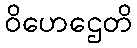
ဝိဟေဌေတိ